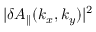
| \delta A _ { \parallel } ( k _ { x } , k _ { y } ) | ^ { 2 }